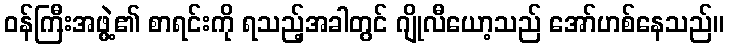
ဝန်ကြီးအဖွဲ့၏ စာရင်းကို ရသည့်အခါတွင် ဂျိုလီယော့သည် အော်ဟစ်နေသည်။